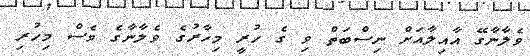
ވެލާނާގޭ އާއިލާއަށް ނިސްބަތް ވި ގެ ހުރީ މިހާރުގެ ވެލާނާގެ ވެސް މިހުރި